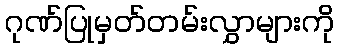
ဂုဏ်ပြုမှတ်တမ်းလွှာများကို